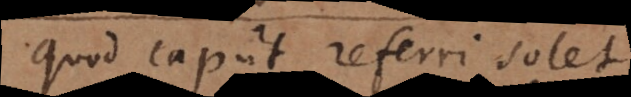
Quod caput referri solet